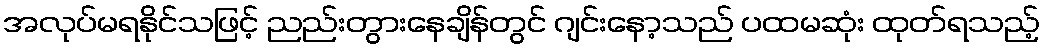
အလုပ်မရနိုင်သဖြင့် ညည်းတွားနေချိန်တွင် ဂျင်းနော့သည် ပထမဆုံး ထုတ်ရသည့်